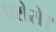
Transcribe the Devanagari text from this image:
परोसे।